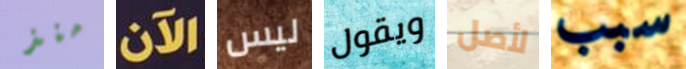
منذ الآن ليس ويقول لأصل سبب